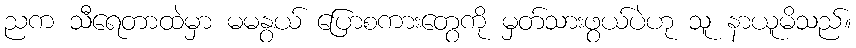
ညက သီရေတာထဲမှာ မမနွယ် ပြောစကားတွေကို မှတ်သားဖွယ်ပဲဟု သူ နာယူမိသည်။